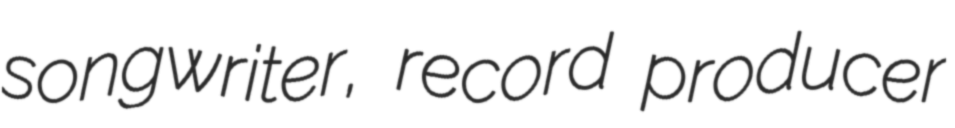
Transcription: songwriter, record producer